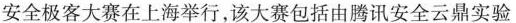
安全极客大赛在上海举行，该大赛包括由腾讯安全云鼎实验